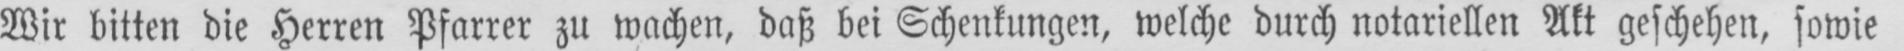
Wir bitten die Herren Pfarrer zu wachen, daß bei Schenkungen, welche durch notariellen Akt geschehen, sowie